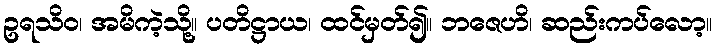
ဥရသိဝ၊ အမိကဲ့သို့။ ပတိဋ္ဌာယ၊ ထင်မှတ်၍။ ဘဇေဟိ၊ ဆည်းကပ်လော့။